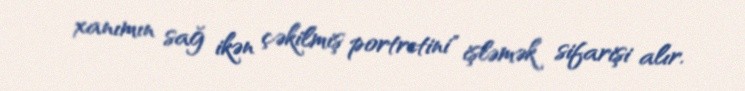
xanımın sağ ikən çəkilmiş portretini" işləmək sifarişi alır.